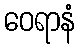
ဝေရာနံ